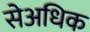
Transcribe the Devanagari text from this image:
सेअधिक